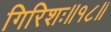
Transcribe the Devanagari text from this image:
गिरिशः॥१८॥